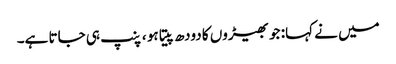
میں نے کہا: جو بھیڑوں کا دودھ پیتا ہو ، پنپ ہی جاتا ہے۔